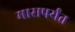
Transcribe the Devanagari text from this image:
मासपर्यंत